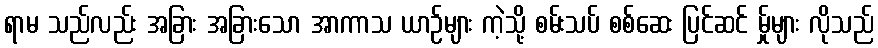
ရာမ သည်လည်း အခြား အခြားသော အာကာသ ယာဉ်များ ကဲ့သို့ စမ်းသပ် စစ်ဆေး ပြင်ဆင် မ်ှုများ လိုသည်